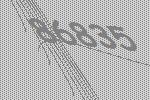
86835